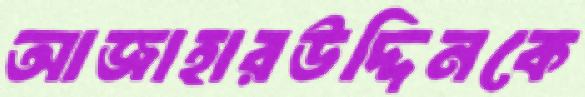
আজাহারউদ্দিনকে